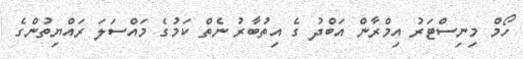
ހޯމް މިނިސްޓަރު އިމްރާން އަބްދު ގެ އިތުބާރު ނެތް ކަމުގެ މައްސަލަ ރައްޔިތުންގެ